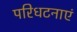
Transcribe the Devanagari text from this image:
परिधटनाएं